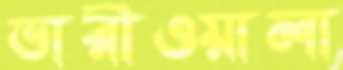
ভারীওয়ালা